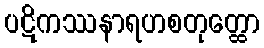
ပဋိကဿနာရဟစတုတ္ထော